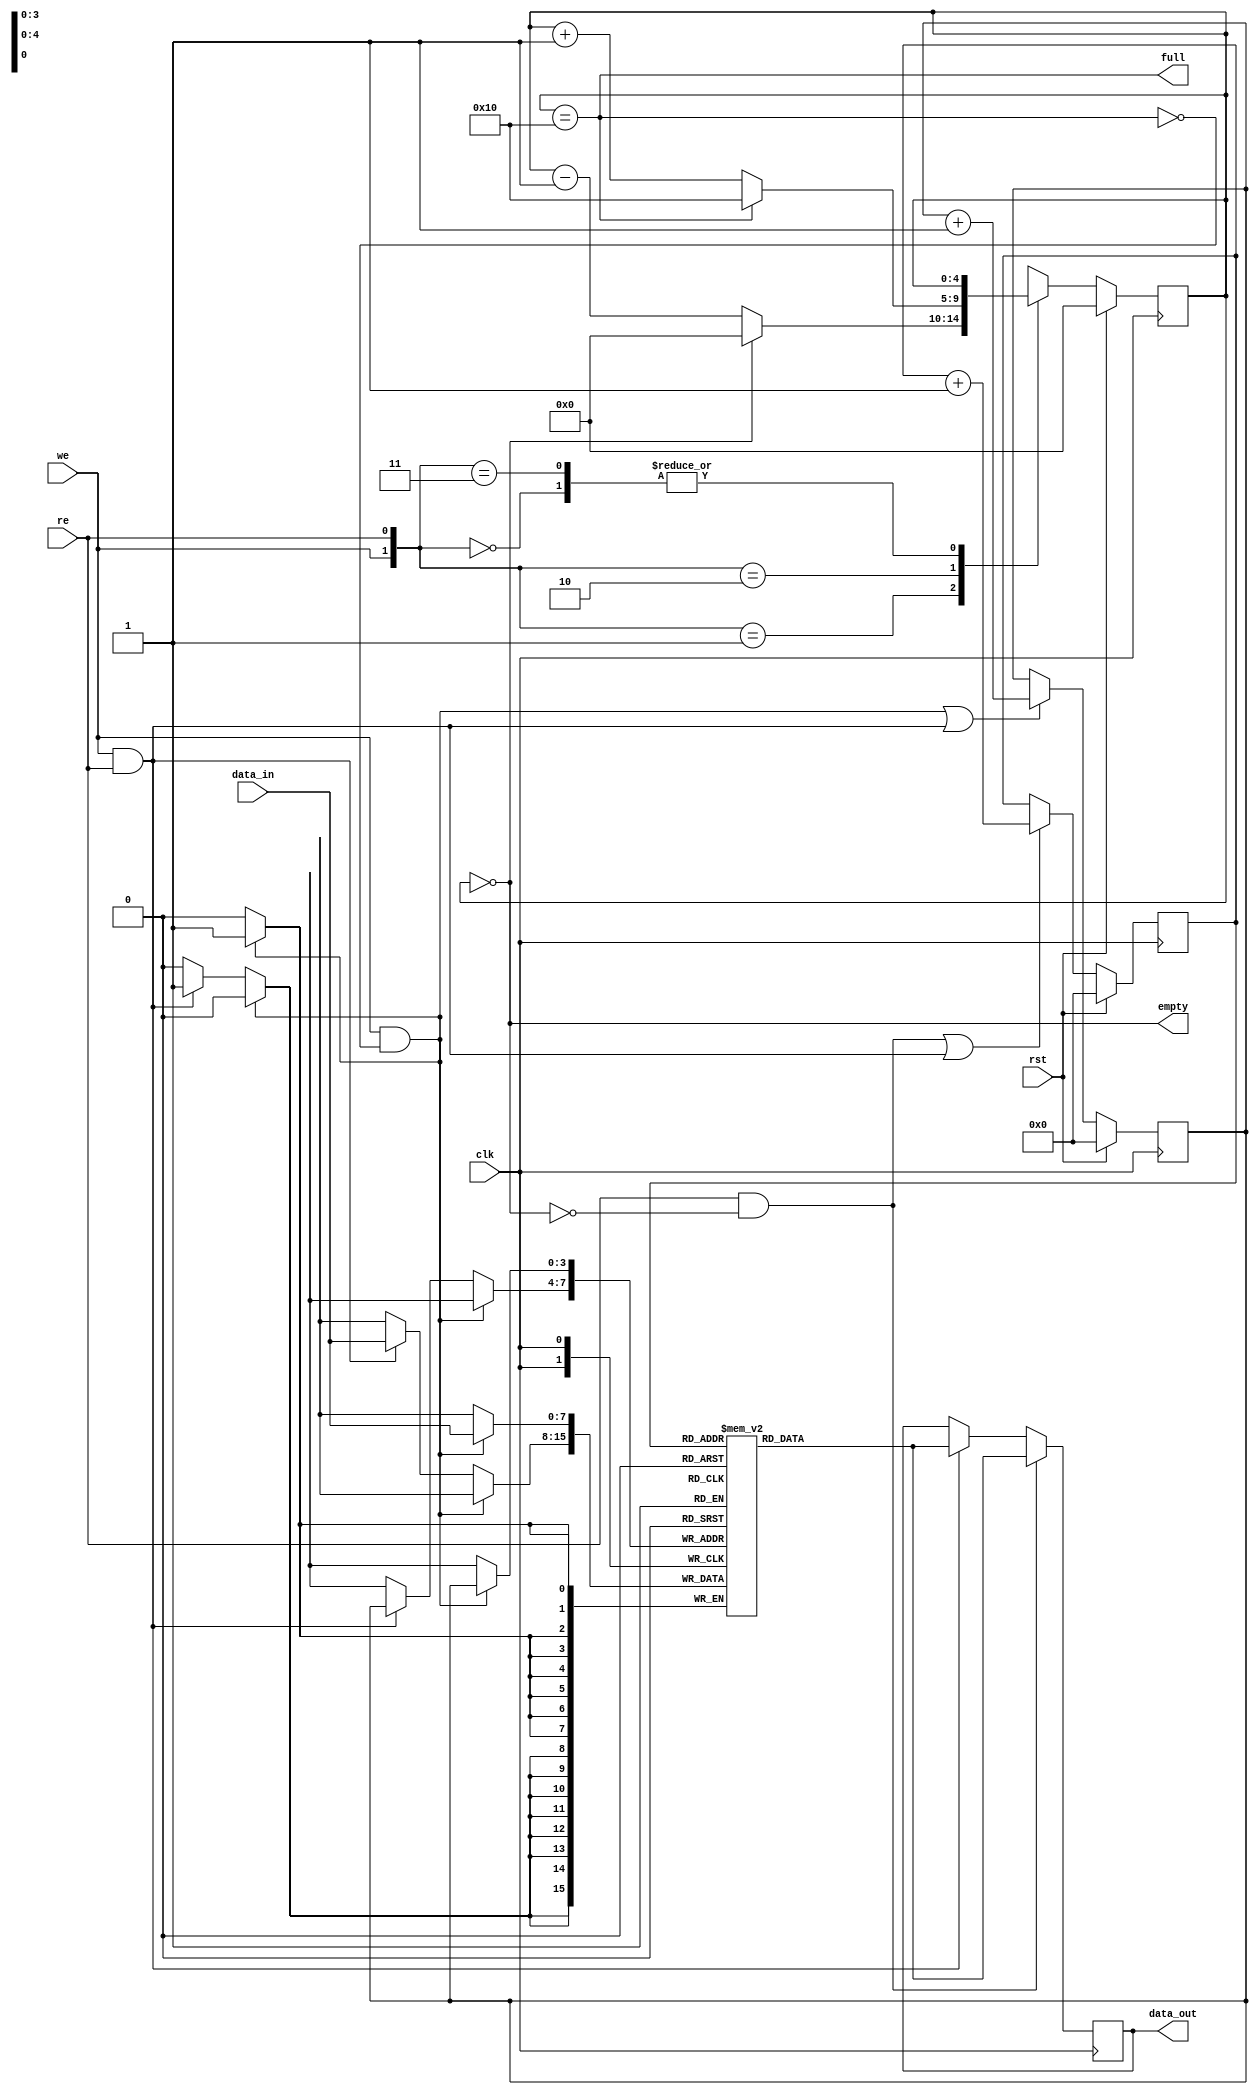
module FIFO_16_8 (we,re,clk,rst,data_in,data_out,full,empty);


parameter FIFO_WIDTH = 8;
parameter FIFO_DEPTH = 16;
parameter ADDR_SIZE = 4;


input clk,rst,we,re;
input [FIFO_WIDTH-1:0]data_in;
output reg [FIFO_WIDTH-1:0]data_out;
output empty,full;

reg [FIFO_WIDTH-1:0] mem [FIFO_DEPTH-1:0];
reg [ADDR_SIZE:0]fifo_count; 
reg [ADDR_SIZE-1:0] wr_pointer,rd_pointer;

assign empty = (fifo_count == 0);
assign full = (fifo_count == FIFO_DEPTH);


always @(posedge clk)
     begin : write
	 if (we && !full)
	 mem[wr_pointer] <= data_in;
	 else if (we && re)
	 mem[wr_pointer] <= data_in;
	 end
	 
 
always @(posedge clk)
     begin : read
	 if (re && !empty)
	 data_out<= mem[rd_pointer];
	 else if (we && re)
	 data_out<= mem[rd_pointer];
	 end	 


	 always @(posedge clk)
     begin : pointer
	 if (rst)
	 begin
	
	 wr_pointer <=0;
	 rd_pointer <=0;
	 	 end
     else 
     begin
	 wr_pointer <= ((we && !full) || (we && re)) ? (wr_pointer+1) : wr_pointer;
	 rd_pointer <= ((re && !empty) || (we && re)) ? (rd_pointer+1) : rd_pointer;
	 end
	 end
	 
always@(posedge clk)
begin : count
if (rst)
fifo_count <= 0;
else 
begin
case ({we,re})
2'b00 : fifo_count <= fifo_count;
2'b01 : fifo_count <= (fifo_count==0)? 0 : fifo_count-1;
2'b10 : fifo_count <= (fifo_count==FIFO_DEPTH)? FIFO_DEPTH : fifo_count+1;
2'b11 : fifo_count <= fifo_count;
default : fifo_count <= fifo_count;
endcase

end
end
endmodule